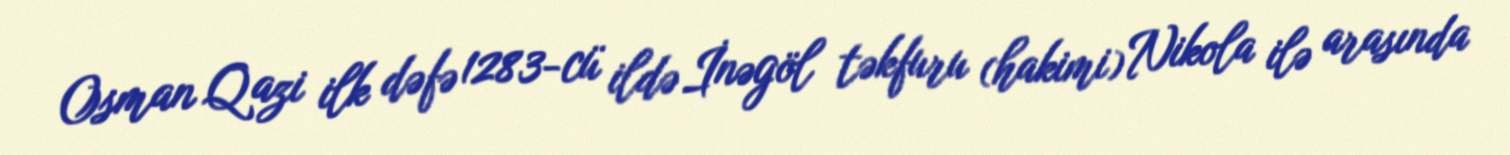
Osman Qazi ilk dəfə 1283-cü ildə İnəgöl təkfuru (hakimi) Nikola ilə arasında